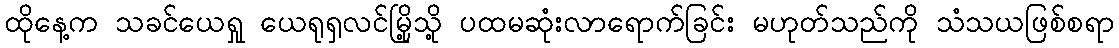
ထိုနေ့က သခင်ယေရှု ယေရုရှလင်မြို့သို့ ပထမဆုံးလာရောက်ခြင်း မဟုတ်သည်ကို သံသယဖြစ်စရာ